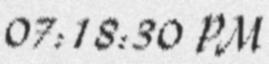
07:18:30 PM